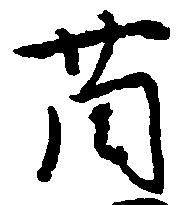
薗